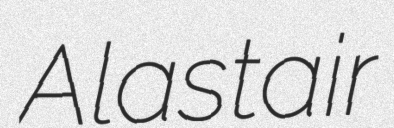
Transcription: Alastair